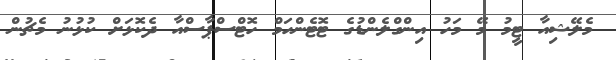
މެލޭޝިއާ ޓީމު މޭ މަހު އިންގްލެންޑުގެ ޓޮޓެންހަމް ހޮޓްސްޕާސްއާ ދެކޮޅަށް ކުޅުނު މެޗުން